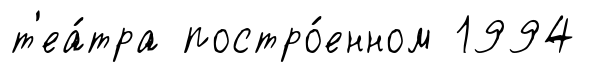
т'еа́тра постро́енном 1994